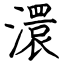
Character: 澴